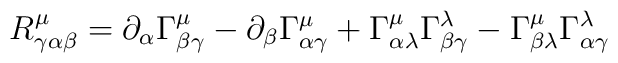
R^{\mu}_{\gamma\alpha\beta}= \partial_{\alpha} \Gamma^{\mu}_{\beta\gamma} -\partial_{\beta}\Gamma^{\mu}_{\alpha\gamma} +\Gamma^{\mu}_{\alpha\lambda} \Gamma^{\lambda}_{\beta\gamma}-\Gamma^{\mu} _{\beta\lambda}\Gamma^{\lambda}_{\alpha\gamma}